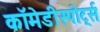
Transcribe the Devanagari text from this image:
कॉमेडीस्पोर्ट्स